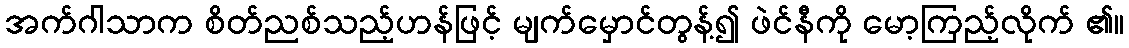
အက်ဂါသာက စိတ်ညစ်သည့်ဟန်ဖြင့် မျက်မှောင်တွန့်၍ ဖဲင်နီကို မော့ကြည့်လိုက် ၏။